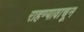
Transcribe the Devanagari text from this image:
राहण्यावाचून